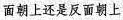
面朝上还是反面朝上